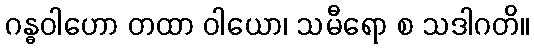
ဂန္ဓဝါဟော တထာ ဝါယော၊ သမီရော စ သဒါဂတိ။